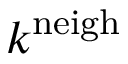
k ^ { \mathrm { n e i g h } }